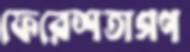
ফেরেশতাগণ